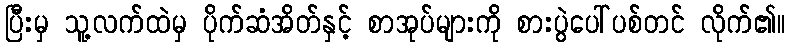
ပြီးမှ သူ့လက်ထဲမှ ပိုက်ဆံအိတ်နှင့် စာအုပ်များကို စားပွဲပေါ်ပစ်တင် လိုက်၏။